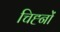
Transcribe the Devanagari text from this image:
चिह्‍नों